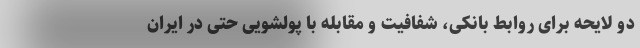
دو لایحه برای روابط بانکی، شفافیت و مقابله با پولشویی حتی در ایران